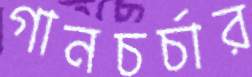
গানচর্চার